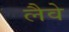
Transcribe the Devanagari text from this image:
लैवे